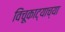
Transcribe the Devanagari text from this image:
विंचूकाट्याच्या